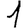
Digit: 1